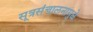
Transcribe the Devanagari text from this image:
सूत्रसंचालनामुळे